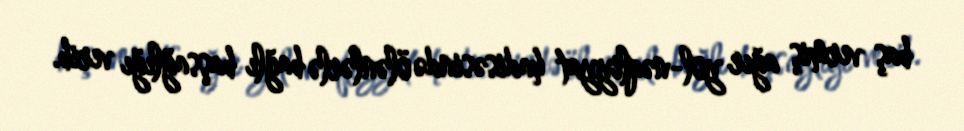
baş vermiş ağır yol-nəqliyyat hadisəsində ölənlərlə bağlı başsağlığı verib.